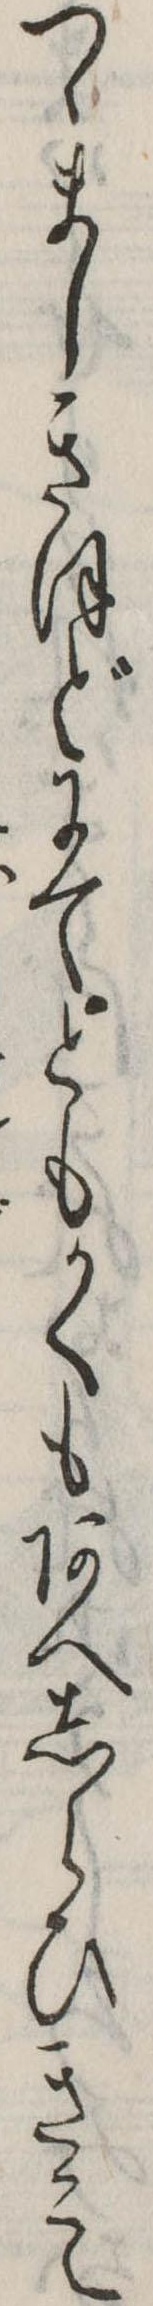
つゝましきほどにてともかくもあへしらひきこえ